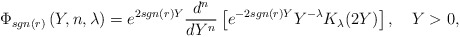
\begin{align*}\Phi_{sgn (r)}\left(Y, n, \lambda\right) = e^{2 sgn (r) Y}\frac{d^n}{dY^n}\left[e^{-2 sgn (r) Y}Y^{-\lambda}K_\lambda(2Y)\right],~~~Y>0,\end{align*}